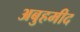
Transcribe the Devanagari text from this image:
अबुहमीद